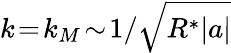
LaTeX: k\! =\! k_{M}\! \sim\! 1/\sqrt{R^{*}|a|}